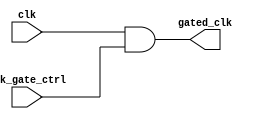
module clock_gating_cell (
    input wire clk,               // Main clock signal
    input wire clk_gate_ctrl,     // Clock gating control signal
    output wire gated_clk         // Gated clock output
);
    // Gated clock is the AND of the clock and the clock gating control signal
    assign gated_clk = clk & clk_gate_ctrl;
endmodule